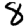
Digit: 8